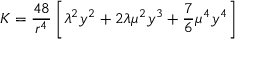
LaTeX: K = \frac { 4 8 } { r ^ { 4 } } \left[ \lambda ^ { 2 } y ^ { 2 } + 2 \lambda \mu ^ { 2 } y ^ { 3 } + \frac { 7 } { 6 } \mu ^ { 4 } y ^ { 4 } \right]